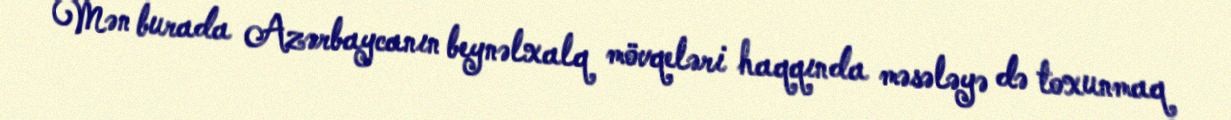
Mən burada Azərbaycanın beynəlxalq mövqeləri haqqında məsələyə də toxunmaq